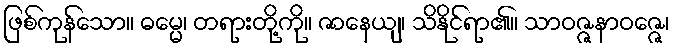
ဖြစ်ကုန်သော။ ဓမ္မေ၊ တရားတို့ကို။ ဇာနေယျ၊ သိနိုင်ရာ၏။ သာဝဇ္ဇနာဝဇ္ဇေ၊